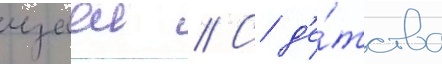
изаеи // С д'е́тства